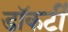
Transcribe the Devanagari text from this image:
डॉकर्टी